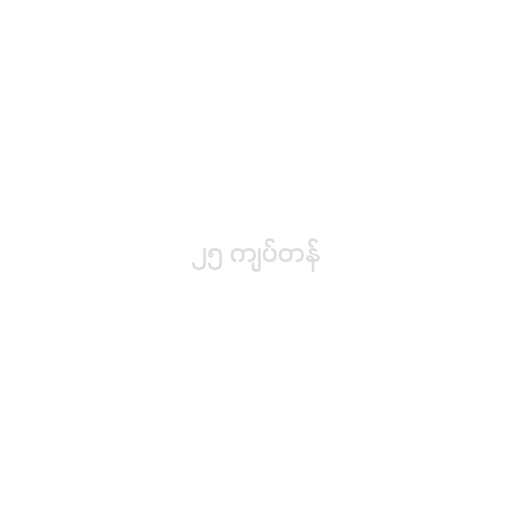
၂၅ ကျပ်တန်